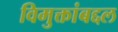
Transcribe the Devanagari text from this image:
विमुक्तांबद्दल